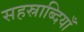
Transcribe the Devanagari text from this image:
सहस्राब्दियाँ